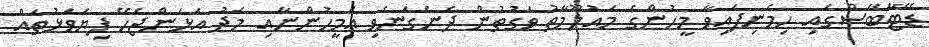
ޑޭޓާބޭސްގައި ހިމެނިފައިވާ މީހުންގެ މައުލޫމާތު ވަގުތުން ދެނެގަނެވި އެމީހުންނާއި މެދު އަޅަންޖެހޭ ފިޔަވަޅުތައް